Report of an investigation in regard to the prevalence of stegomyia and other mosquitoes in Karachi, and the measures necessary for their control
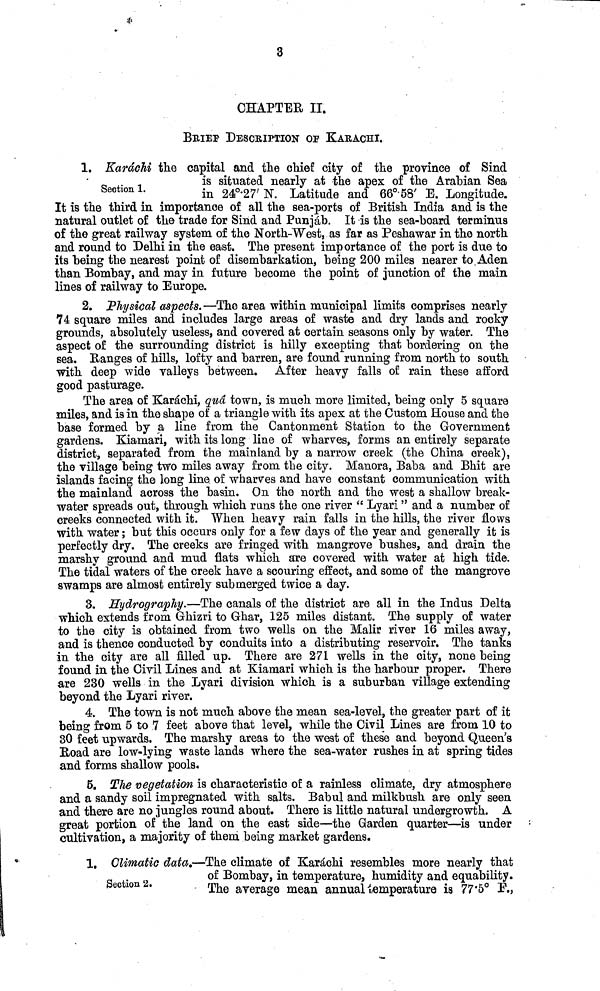
3
CHAPTER II.
BBIEF DESCRIPTION or KARACHI.
Section 1.
1. Karachi the capital and the chief city of the province of Sind
is situated nearly at the apex of the Arabian Sea
in 24°.27' N. Latitude and 66°58' E. Longitude.
It is the third in importance of all the sea-ports of British India and is the
natural outlet of the trade for Sind and Punjab. It is the sea-board terminus
of the great railway system of the North-West, as far as Peshawar in the north
and round to Delhi in the east. The present importance of the port is due to
its being the nearest point of disembarkation, being 200 miles nearer to Aden
than Bombay, and may in future become the point of junction of the main
lines of railway to Europe.
2. Physical aspects. —The area within municipal limits comprises nearly
74 square miles and includes large areas of waste and dry lands and rocky
grounds, absolutely useless, and covered at certain seasons only by water. The
aspect of the surrounding district is hilly excepting that bordering on the
sea. Ranges of hills, lofty and barren, are found running from north to south
with deep wide valleys between. After heavy falls of rain these afford
good pasturage.
The area of Karachi, qua town, is much more limited, being only 5 square
mile3, and is in the shape of a triangle with its apex at the Custom House and the
base formed by a line from the Cantonment Station to the Government
gardens. Kiamari, with its long line of wharves, forms an entirely separate
district, separated from the mainland by a narrow creek (the China creek),
the village being two miles away from the city. Manora, Baba and Bhit are
islands facing the long line of wharves and have constant communication with
the mainland across the basin. On the north and the west a shallow break-
water spreads out, through which runs the one river " Lyari " and a number of
creeks connected with it. When heavy rain falls in the hills, the river flows
with water; but this occurs only for a few days of the year and generally it is
perfectly dry. The creeks are fringed with mangrove bushes, and drain the
marshy ground and mud flats which are covered with water at high tide.
The tidal waters of the creek have a scouring effect, and some of the mangrove
swamps are almost entirely submerged twice a day.
3. Hydrography.—The canals of the district are all in the Indus Delta
which extends from Ghizri to Ghar, 125 miles distant. The supply of water
to the city is obtained from two wells on the Malir river 16 miles away,
and is thence conducted by conduits into a distributing reservoir. The tanks
in the city are all filled up. There are 271 wells in the city, none being
found in the Civil Lines and at Kiamari which is the harbour proper. There
are 230 wells in the Lyari division which is a suburban village extending
beyond the Lyari river.
4. The town is not much above the mean sea-level, the greater part of it
being from 5 to 7 feet above that level, while the Civil Lines are from 10 to
30 feet upwards. The marshy areas to the west of these and beyond Queen's
Road are low-lying waste lands where the sea-water rushes in at spring tides
and forms shallow pools.
5. The vegetation is characteristic of a rainless climate, dry atmosphere
and a sandy soil impregnated with salts. Babul and milkbush are only seen
and there are no jungles round about. There is little natural undergrowth. A
great portion of the land on the east side—the Garden quarter—is under
cultivation, a majority of them being market gardens.
Section 2.
1. Climatic data.—The climate of Karachi resembles more nearly that
of Bombay, in temperature, humidity and equability.
The average mean annual temperature is 77.5° F.,